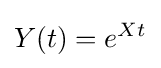
Y(t)=e^{Xt}